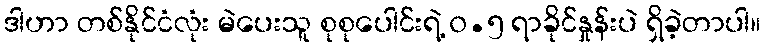
ဒါဟာ တစ်နိုင်ငံလုံး မဲပေးသူ စုစုပေါင်းရဲ့ ၀.၅ ရာခိုင်နှုန်းပဲ ရှိခဲ့တာပါ။